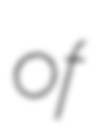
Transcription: of